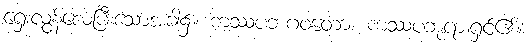
ရှေးလွန်လေပြီးသောအခါ၌။ ကဿပဘဂဝတော၊ ကဿပဘုရားရှင်၏။